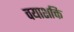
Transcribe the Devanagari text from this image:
वयाशक्ति